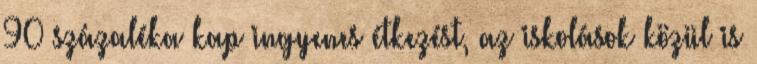
90 százaléka kap ingyenes étkezést, az iskolások közül is